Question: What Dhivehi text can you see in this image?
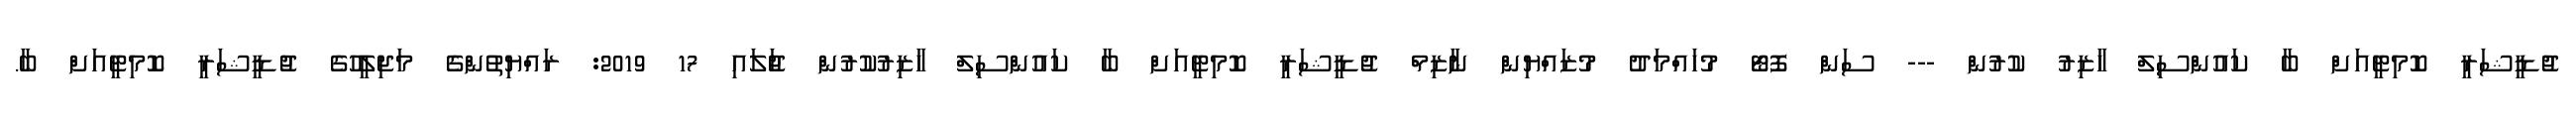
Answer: ޖުޑީޝަރީ ކޮމިޓީއަށް ބާ ކައުންސިލް ހާޒިރު ކުރުން --- ސަން ފޮޓޯ މުހައްމަދު މުޒައްޔިން ނާޒިމް ޖުޑީޝަރީ ކޮމިޓީއަށް ބާ ކައުންސިލް ހާޒިރުކުރުން ޖުަލައި 17 2019: ރައްޔިތުންގެ މަޖިލީހުގެ ޖުޑީޝަރީ ކޮމިޓީއަށް ބާ.